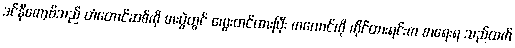
ဒင်နီကော့ဗ်သည် တံတောင်ဆစ်ကို စားပွဲတွင် ကွေးတင်ထားပြီး ကလောင်ကို ကိုင်ထားရင်းက စာရေးရ သည်ထက်